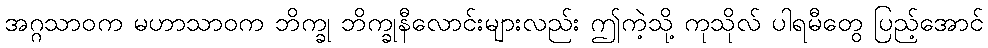
အဂ္ဂသာဝက မဟာသာဝက ဘိက္ခု ဘိက္ခုနီလောင်းများလည်း ဤကဲ့သို့ ကုသိုလ် ပါရမီတွေ ပြည့်အောင်